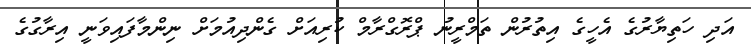
އަދި ހަތިޔާރުގެ އެހީގެ އިތުރުން ތަމްރީނު ޕްރޮގްރާމް ކުރިއަށް ގެންދިއުމަށް ނިންމާފައިވަނީ އިރާގުގެ